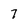
Character: 7